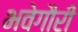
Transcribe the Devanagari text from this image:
भवेगौरी